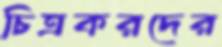
চিত্রকরদের